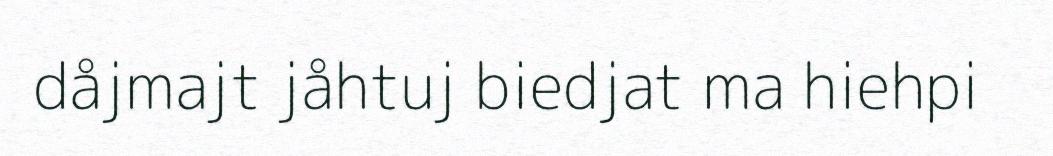
dåjmajt jåhtuj biedjat ma hiehpi